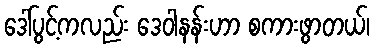
ဒေါ်ပွင့်ကလည်း ဒေဝါနန်းဟာ စကားဖွာတယ်၊